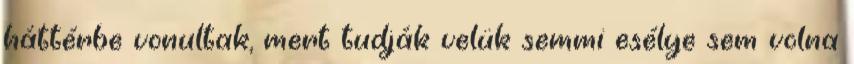
háttérbe vonultak, mert tudják velük semmi esélye sem volna